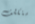
ستكشف